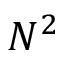
N ^ { 2 }